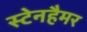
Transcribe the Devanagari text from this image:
स्टेनहैमर